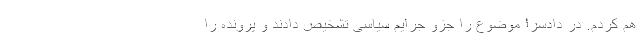
هم کردم. در دادسرا موضوع را جزو جرایم سیاسی تشخیص دادند و پرونده را